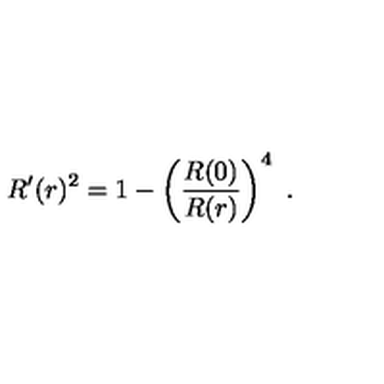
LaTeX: R ^ { \prime } ( r ) ^ { 2 } = 1 - \left( { \frac { R ( 0 ) } { R ( r ) } } \right) ^ { 4 } \ .